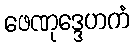
ဖေဏုဒ္ဒေဟကံ